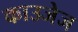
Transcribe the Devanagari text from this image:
काउजेज